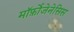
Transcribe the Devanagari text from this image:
मॉर्फ़ोजेनेसिस